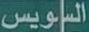
السويس